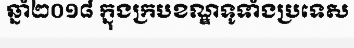
ឆ្នាំ២០១៨ ក្នុងក្របខណ្ឌទូទាំងប្រទេស